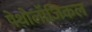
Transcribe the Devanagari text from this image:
पेथोलॉजिकल